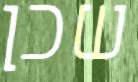
שכן